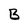
Character: B